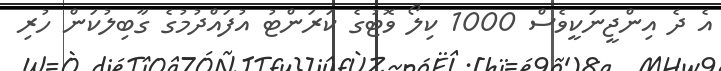
އެ ދެ އިންޖީނަކީވެސް 1000 ކިލޯ ވޮޓުގެ ކަރަންޓު އުފައްދުމުގެ ގާބިލުކަން ހުރި